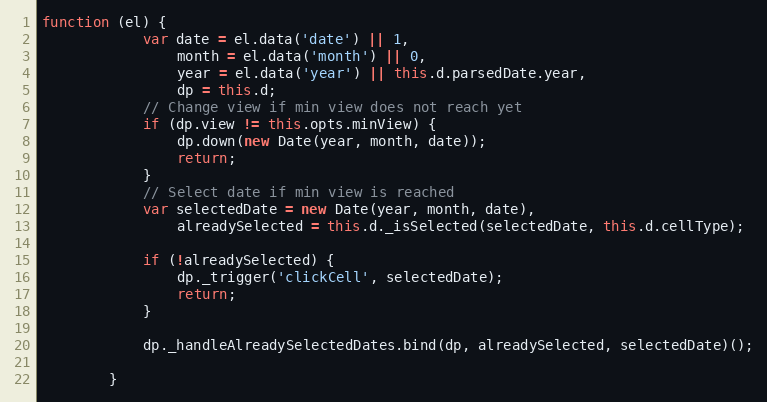
Language: JavaScript
function (el) {
            var date = el.data('date') || 1,
                month = el.data('month') || 0,
                year = el.data('year') || this.d.parsedDate.year,
                dp = this.d;
            // Change view if min view does not reach yet
            if (dp.view != this.opts.minView) {
                dp.down(new Date(year, month, date));
                return;
            }
            // Select date if min view is reached
            var selectedDate = new Date(year, month, date),
                alreadySelected = this.d._isSelected(selectedDate, this.d.cellType);

            if (!alreadySelected) {
                dp._trigger('clickCell', selectedDate);
                return;
            }

            dp._handleAlreadySelectedDates.bind(dp, alreadySelected, selectedDate)();

        }